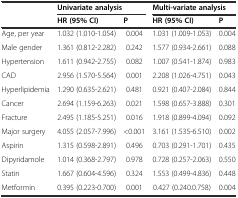
|  | <COLSPAN=2> Univariate analysis | <COLSPAN=2> Multi-variate analysis |
 |  | HR (95% CI) | P | HR (95% CI) | P |
 | --- | --- | --- | --- | --- |
 | Age, per year | 1.032 (1.010-1.054) | 0.004 | 1.031 (1.009-1.053) | 0.004 |
 | Male gender | 1.361 (0.812-2.282) | 0.242 | 1.577 (0.934-2.661) | 0.088 |
 | Hypertension | 1.611 (0.942-2.755) | 0.082 | 1.007 (0.541-1.874) | 0.983 |
 | CAD | 2.956 (1.570-5.564) | 0.001 | 2.208 (1.026-4.751) | 0.043 |
 | Hyperlipidemia | 1.290 (0.635-2.621) | 0.481 | 0.921 (0.407-2.084) | 0.844 |
 | Cancer | 2.694 (1.159-6.263) | 0.021 | 1.598 (0.657-3.888) | 0.301 |
 | Fracture | 2.495 (1.185-5.251) | 0.016 | 1.918 (0.899-4.094) | 0.092 |
 | Major surgery | 4.055 (2.057-7.996) | <0.001 | 3.161 (1.535-6.510) | 0.002 |
 | Aspirin | 1.315 (0.598-2.891) | 0.496 | 0.703 (0.291-1.701) | 0.435 |
 | Dipyridamole | 1.014 (0.368-2.797) | 0.978 | 0.728 (0.257-2.063) | 0.550 |
 | Statin | 1.667 (0.604-4.596) | 0.324 | 1.553 (0.499-4.836) | 0.448 |
 | Metformin | 0.395 (0.223-0.700) | 0.001 | 0.427 (0.240.0.758) | 0.004 |